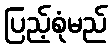
ပြည့်စုံမည်